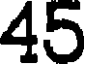
45